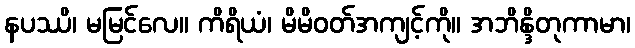
နပဿိ၊ မမြင်လေ။ ကိရိယံ၊ မိမိဝတ်အကျင့်ကို။ အဘိန္ဒိတုကာမာ၊